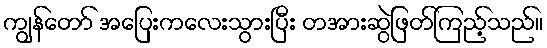
ကျွန်တော် အပြေးကလေးသွားပြီး တအားဆွဲဖြတ်ကြည့်သည်။